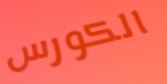
الكورس